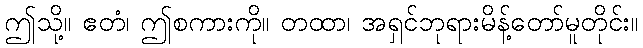
ဤသို့။ ဧတံ၊ ဤစကားကို။ တထာ၊ အရှင်ဘုရားမိန့်တော်မူတိုင်း။